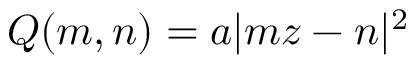
Q ( m , n ) = a | m z - n | ^ { 2 }